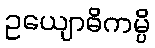
ဥယျောဓိကမ္ပိ